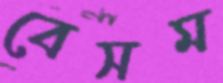
বেসম